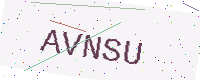
Text: AVNSU